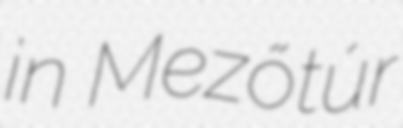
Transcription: in Mezőtúr